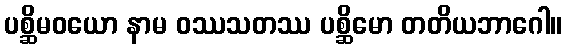
ပစ္ဆိမဝယော နာမ ဝဿသတဿ ပစ္ဆိမော တတိယဘာဂေါ။